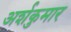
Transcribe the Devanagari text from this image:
अर्शकुमार